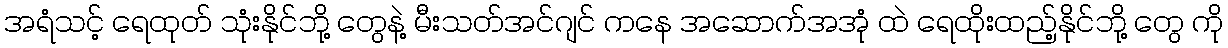
အရံသင့် ရေထုတ် သုံးနိုင်ဘို့ တွေနဲ့ မီးသတ်အင်ဂျင် ကနေ အဆောက်အအုံ ထဲ ရေထိုးထည့်နိုင်ဘို့ တွေ ကို